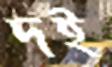
দই